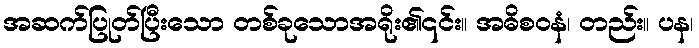
အဆက်ပြုတ်ပြီးသော တစ်ခုသောအရိုး၏၎င်း။ အဓိစဝနံ၊ တည်း။ ပန၊